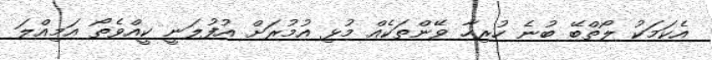
އެކަމަކު ލޯތްބޭ ބުނެ ހުރިހާ ވޭންތަކެއް މުޅި އުމުރަށް އުފުލަނީ ކީއްވެތޯ އަމިއްލަ